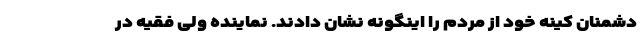
دشمنان کینه خود از مردم را اینگونه نشان دادند. نماینده ولی فقیه در